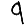
Digit: 9